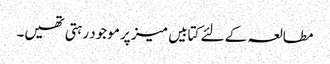
مطالعہ کے لئے کتابیں میز پر موجود رہتی تھیں۔